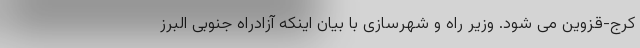
کرج-قزوین می شود. وزیر راه و شهرسازی با بیان اینکه آزادراه جنوبی البرز